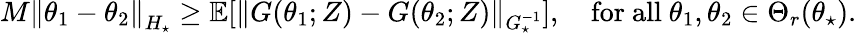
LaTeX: \begin{array}{r}{M\left\lVert\theta_{1}-\theta_{2}\right\rVert_{H_{\star}}\ge\operatorname{\mathbb E}[\left\lVert G(\theta_{1};Z)-G(\theta_{2};Z)\right\rVert_{G_{\star}^{-1}}],\quad\mathrm{for~all~}\theta_{1},\theta_{2}\in\Theta_{r}(\theta_{\star}).}\end{array}